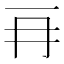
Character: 𠕅